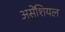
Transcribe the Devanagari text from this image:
असेंशियल